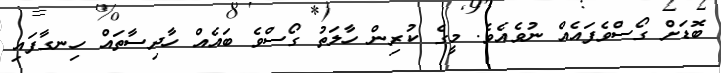
ބޮޑަށް ގޯސްވެފައެއް ނުވެއެވެ. މީގެ ކުރިން ހާލަތު ގޯސްވެ ބައެއް ހާދިސާތައް ހިނގާފައި